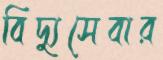
বিদ্যুসেবার